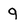
Character: 9